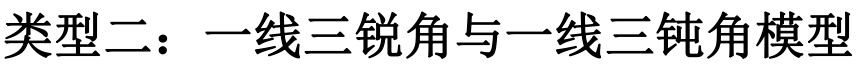
类型二：一线三锐角与一线三钝角模型